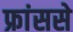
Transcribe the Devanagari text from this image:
फ्रांससे